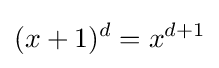
(x+1)^{d}=x^{d+1}